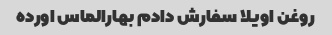
روغن اویلا سفارش دادم بهارالماس اورده